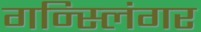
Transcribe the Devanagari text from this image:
गन्स्लिंगर